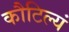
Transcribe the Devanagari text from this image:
कौटिल्यं